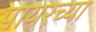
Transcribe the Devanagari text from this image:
पायरच्या